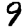
Digit: 9